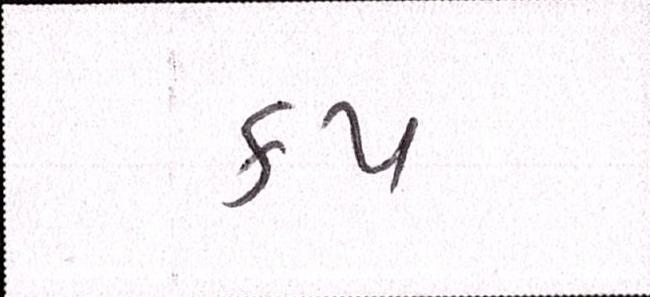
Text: કપ